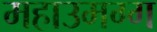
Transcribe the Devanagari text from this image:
महाउमग्ग